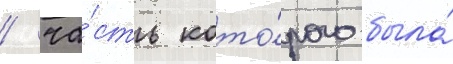
/ ча́сть кото́рого была́